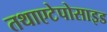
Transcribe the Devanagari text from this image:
तथाएटेपोसाइड